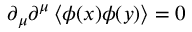
\partial _ { \mu } \partial ^ { \mu } \left\langle \phi ( x ) \phi ( y ) \right\rangle = 0